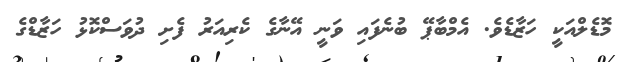
މޮޑެލްއަކީ ހަޒާޑެވެ. އެމްބާޕޭ ބުނެފައި ވަނީ އޭނާގެ ކެރިއަރު ފެށި ދުވަސްކޮޅު ހަޒާޑްގެ